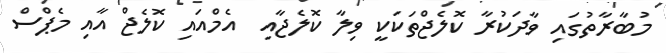
މުބާރާތުގައި ވާދަކުރާ ކޮލެޖްތަކަކީ ވިލާ ކޮލެޖާއި  އެމްއައި ކޮލެޖް އާއި މެޕްސް